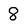
Character: 8